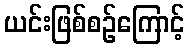
ယင်းဖြစ်စဉ်ကြောင့်